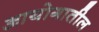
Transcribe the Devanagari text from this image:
आयोगातील